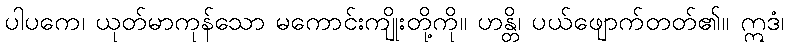
ပါပကေ၊ ယုတ်မာကုန်သော မကောင်းကျိုးတို့ကို။ ဟန္တိ၊ ပယ်ဖျောက်တတ်၏။ ဣဒံ၊